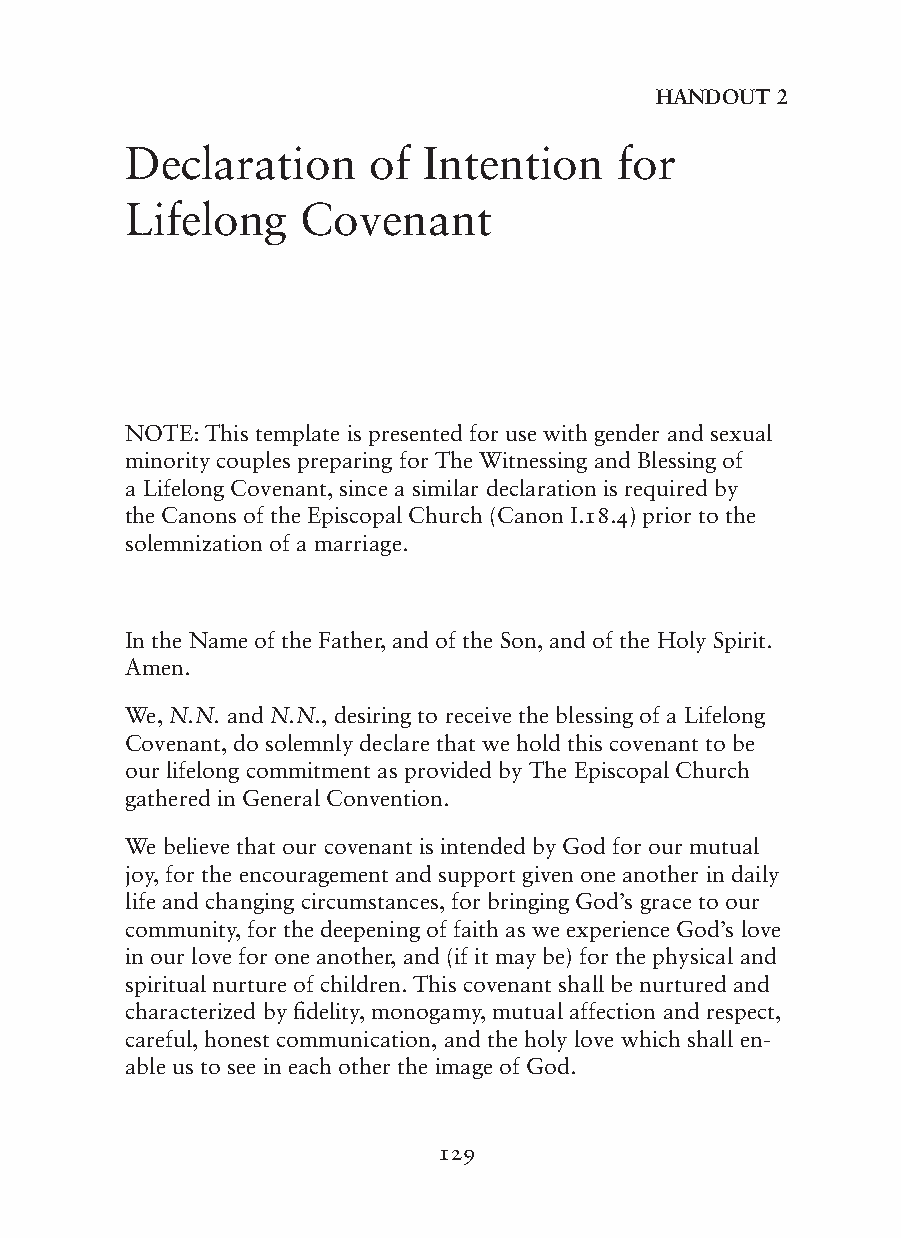
HAnDOUT 2
 Declaration     of  Intention    for
 Lifelong    Covenant
 NOTE: This template is presented for use with gender and sexual
 minority couples preparing for The Witnessing and Blessing of
 a Lifelong Covenant, since a similar declaration is required by
 the Canons of the Episcopal Church (Canon I.18.4) prior to the
 solemnization of a marriage.
 In the Name of the Father, and of the Son, and of the Holy Spirit.
 Amen.
 We, N.N. and N.N., desiring to receive the blessing of a Lifelong
 Covenant, do solemnly declare that we hold this covenant to be
 our lifelong commitment as provided by The Episcopal Church
 gathered in General Convention.
 We believe that our covenant is intended by God for our mutual
 joy, for the encouragement and support given one another in daily
 life and changing circumstances, for bringing God’s grace to our
 community, for the deepening of faith as we experience God’s love
 in our love for one another, and (if it may be) for the physical and
 spiritual nurture of children. This covenant shall be nurtured and
 characterized by fidelity, monogamy, mutual affection and respect,
 careful, honest communication, and the holy love which shall en-
 able us to see in each other the image of God.
 129